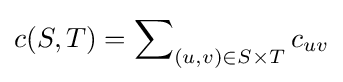
c(S,T)=\sum \nolimits _{(u,v)\in S\times T}c_{uv}